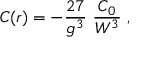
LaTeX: { \cal C } ( r ) = - { \frac { 2 7 } { g ^ { 3 } } } ~ { \frac { { \cal C } _ { 0 } } { W ^ { 3 } } } \ ,